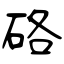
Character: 硌